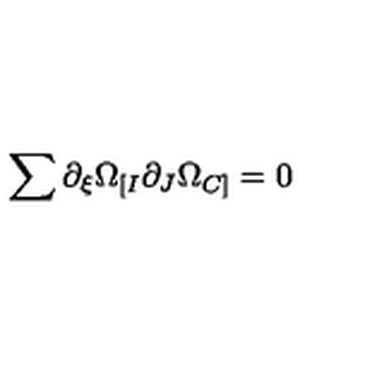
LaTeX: \sum { \partial _ { \xi } \Omega _ { [ I } \partial _ { J } \Omega _ { C ] } } = 0